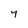
Character: 7